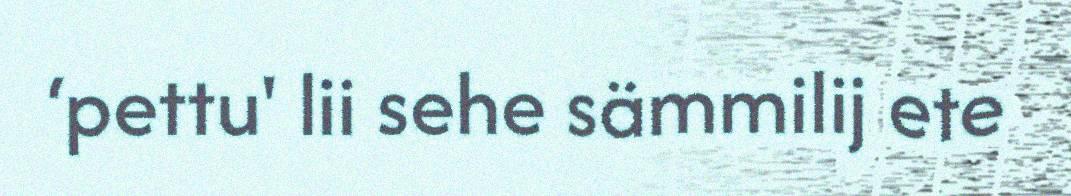
‘pettu' lii sehe sämmilij ete